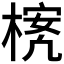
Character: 𪳃